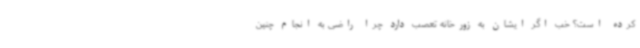
کرده است؟ خب اگر ایشان به زورخانه تعصب دارد چرا راضی به انجام چنین